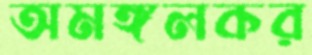
অমঙ্গলকর